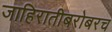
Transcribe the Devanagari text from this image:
जाहिरातीबरोबरच